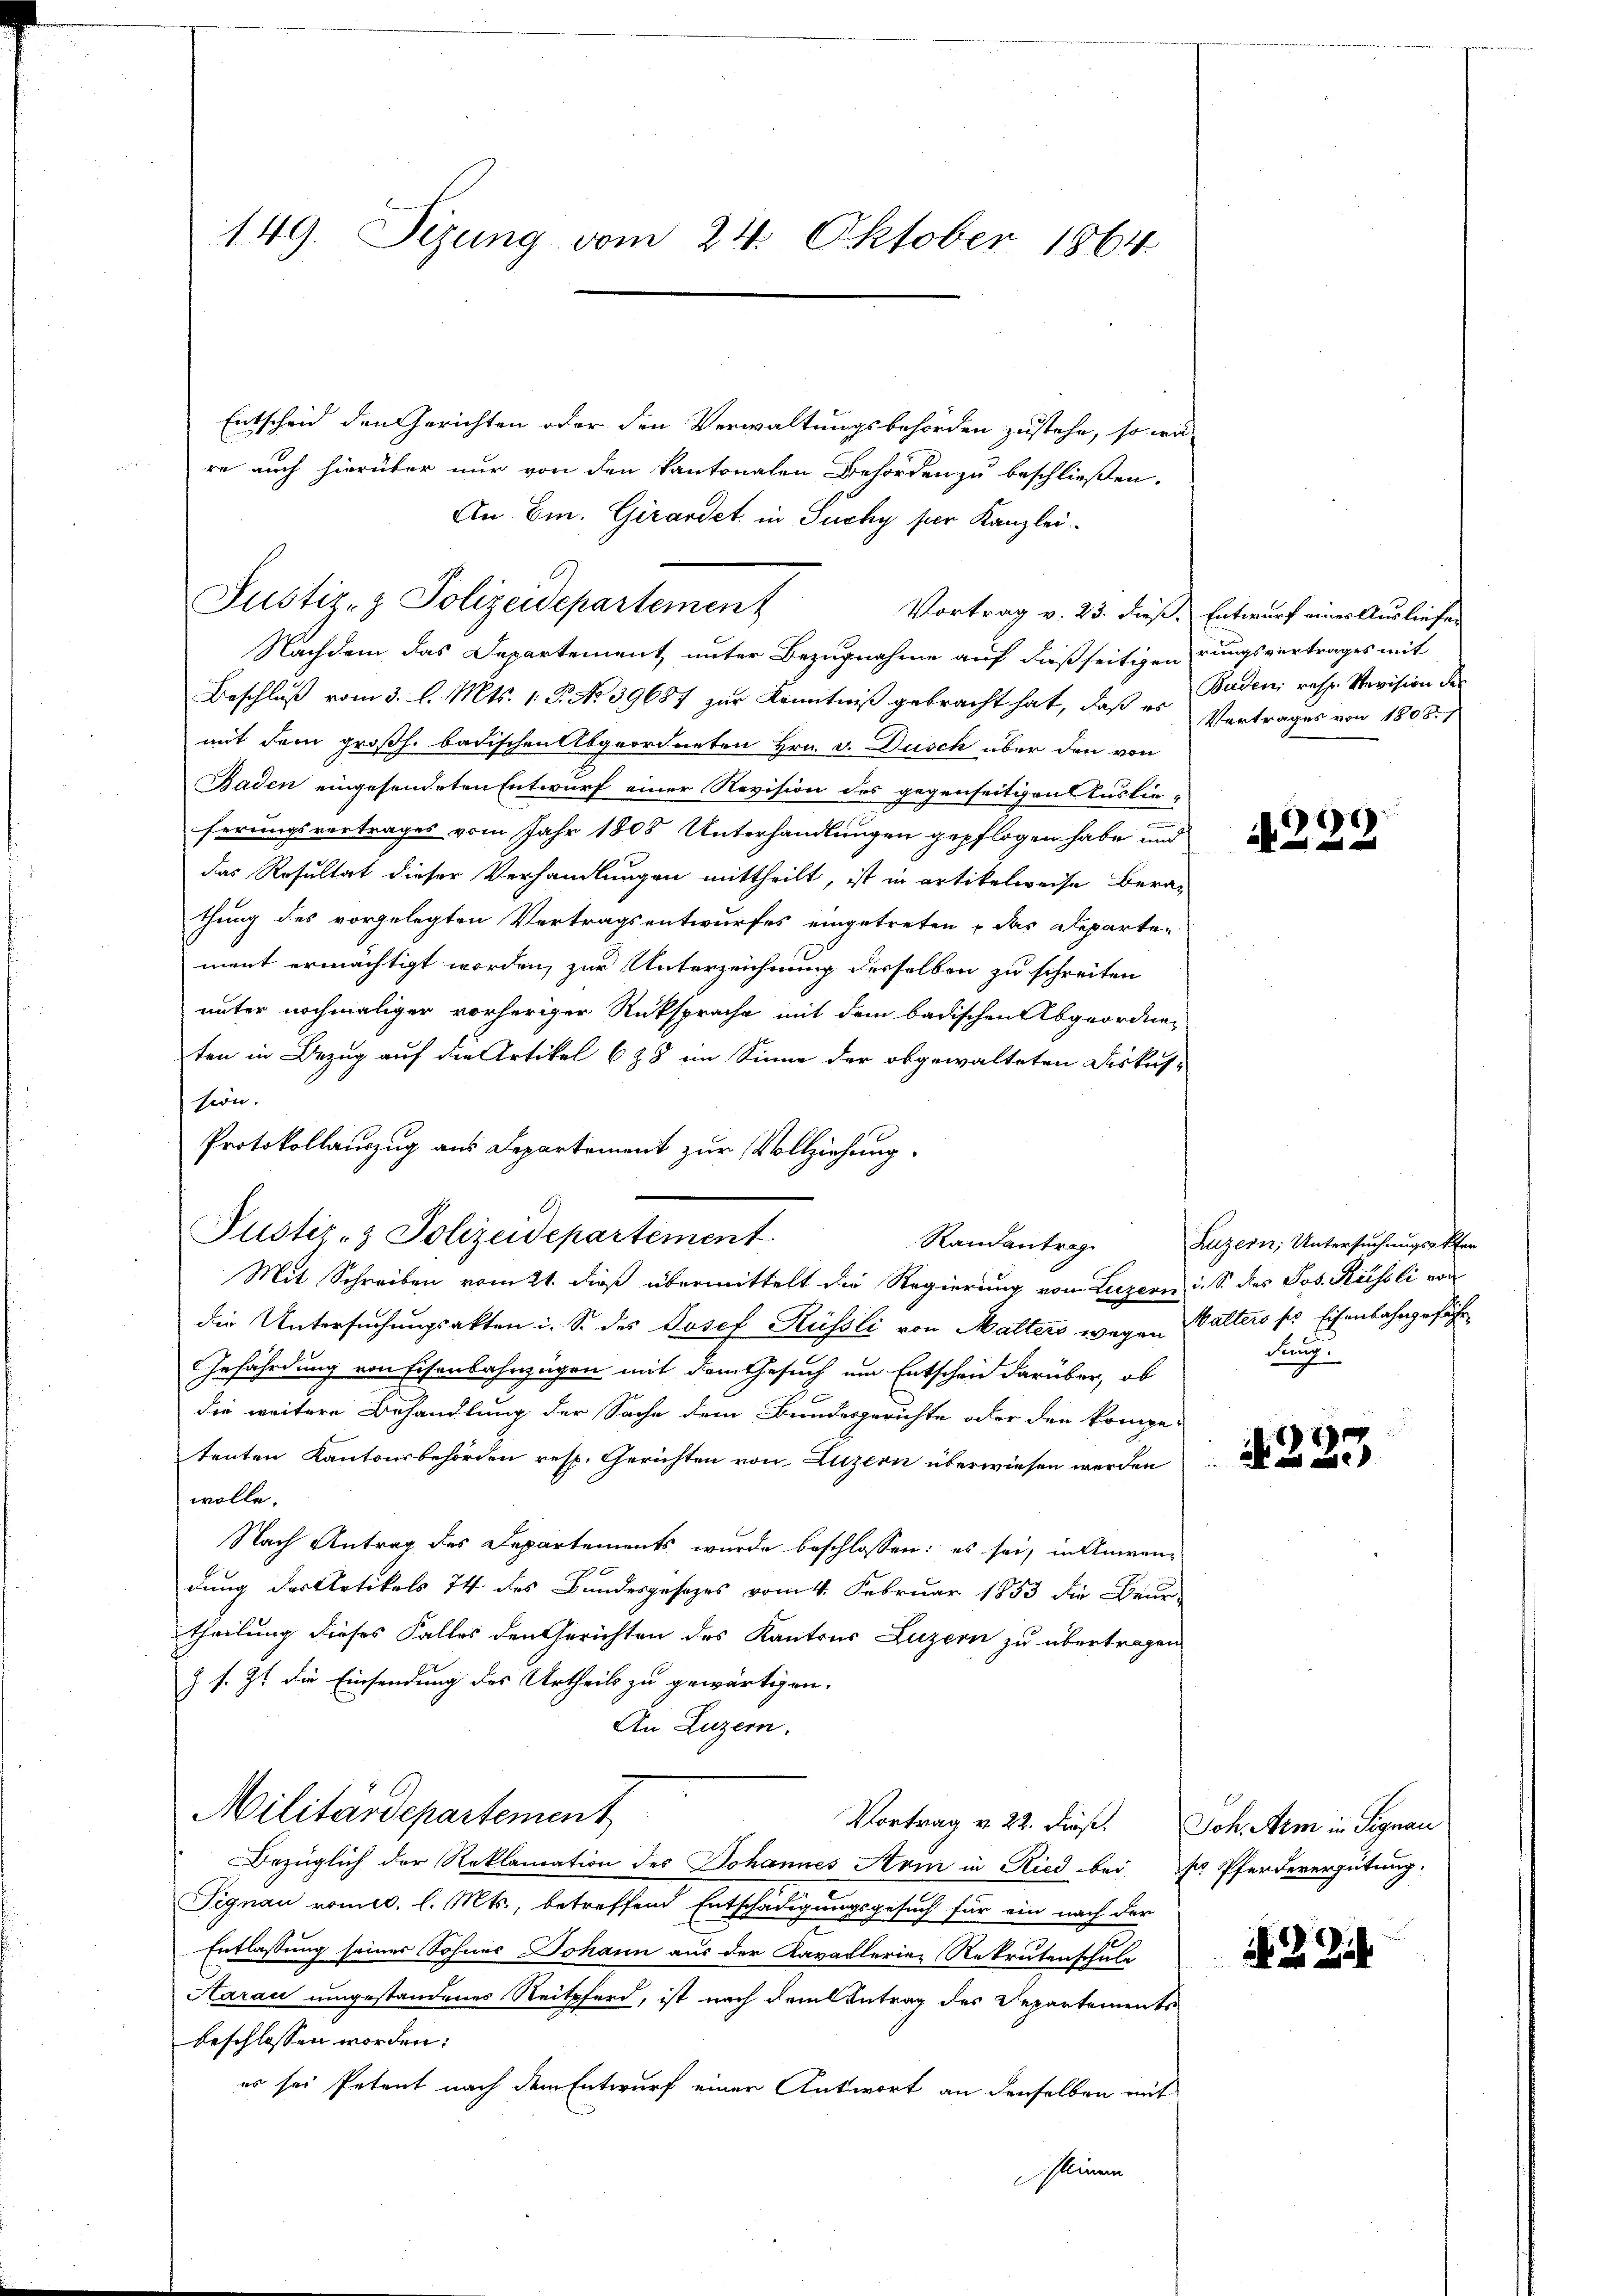
149. Sizung vom 24. Oktober 1864

Entscheid den Gerichten oder den Verwaltungsbehörden zustehe, so wä
re auch hierüber nur von den kantonalen Behörden zu beschließen.
An Em. Girardet in Puchy per Kanzlei
Vortrag v. 23. dieß. Entwurf eines Ausliefer
Nachdem das Departement unter Bezugnahme auf dießseitigen rungsvertrages mit
Beschluß vom 3. l. Mts. 1. P. No 39687 zur Kenntniß gebracht hat, daß er Baden resp. Revision der
mit dem großh. badischen Abgeordneten Hrn. v. Dusch über den von
Baden eingesendeten Entwurf einer Revision des gegenseitigen Auslie-
ferungsvertrages vom Jahr 1808 Unterhandlungen gepflogen habe und
das Resultat dieser Verhandlungen mittheilt, ist in artikelweise Berathung des vorgelegten Vertragsentwurfes eingetreten u das Departe-
ment ermächtigt worden, zur Unterzeichnung desselben zu schreiten
unter nochmaliger vorheriger Rücksprache mit dem badischen Abgeordneten in Bezug auf die Artikel 628 im Sinne der obgewalteten Diskus-
sion.
Protokollauszug aus Departement zur Vollziehung.
.
Justiz- & Polizeidepartement
Mit Schreiben vom 21. dieß übermittelt die Regierung von Luzern i. S. des Jos. Russli von
die Untersuchungsakten i. S. des Josef Rüssli von Malters wegen Walters ses Eisenbahngefähr¬
Gefährdung von Eisenbahnzügen mit dem Gesuch um Entscheid darüber, ob
die weitere Behandlung der Sache dem Bundesgerichte oder den kompe-
tenten Kantonsbehörden resp. Gerichten von Luzern überwiesen werden
wolle.
Nach Antrag des Departements wurde beschlossen: es sei, in Anwen-
dung des Artikels 74 des Bundesgesezes vom 4. Februar 1853 die Beur-
theilung dieses Falles den Gerichten des Kantons Luzern zu übertragen
Z s. Zt. die Einsendung des Urtheils zu gewärtigen.
An Luzern.
Militärdepartement
Vortrag v. 22. Dieß. Joh. Arm in Signau
Bezüglich der Reklamation des Johannes Arm in Ried bei Dr. Pferdevergütung
Signau vom. l. Mts., betreffend Entschädigungsgesuch für ein nach der
Entlassung seines Sohnes Johann aus der Kavallerien Rekrutenschule
Aarau umgestandenes Reitpferd, ist nach dem Antrag des Departements
beschlossen worden:
es sei Petent nach dem Entwurf einer Antwort an denselben mit
sleinem

Justiz- & Polizeidepartement

Randantrag

Vertrages von 1808. 1

8

Luzern, Untersuchungsakten
dung.

4223

2 Zi